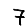
Digit: 7